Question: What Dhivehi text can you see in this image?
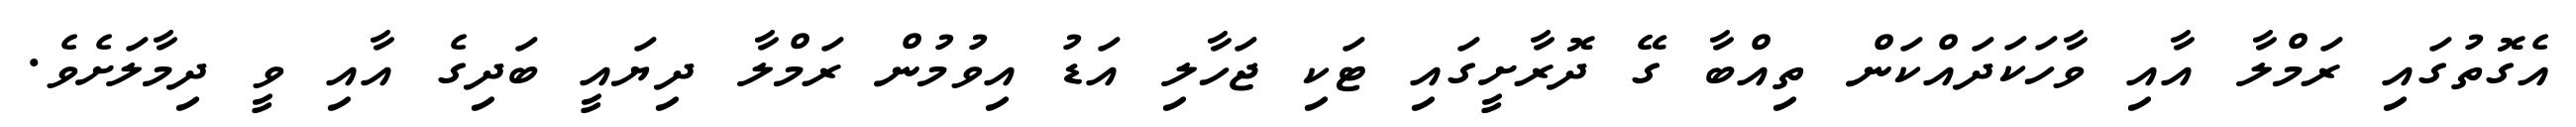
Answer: އެގޮތުގައި ރަމްލާ އާއި ވާހަކަދައްކަން ތިއްބާ ގޭ ދޮރާށީގައި ޓަކި ޖަހާލި އަޑު އިވުމުން ރަމްލާ ދިޔައީ ބަދިގެ އާއި ވީ ދިމާލަށެވެ.